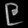
Digit: ၉